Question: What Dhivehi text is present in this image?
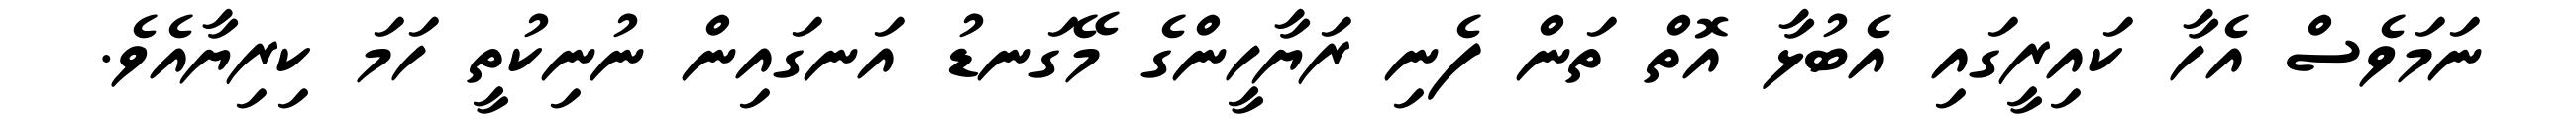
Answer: ނަމަވެސް އެހާ ކައިރީގައި އެބުޅާ އޮތް ތަން ފެނި ރަޔާހީންގެ މޭގަނޑު އަނގައިން ނުނިކުތީ ހަމަ ކިރިޔާއެވެ.